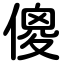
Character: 傻